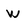
Character: W